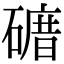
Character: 𥕒